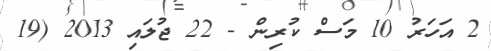
2 އަހަރު 10 މަސް ކުރިން - 22 ޖުލައި 2013 (19